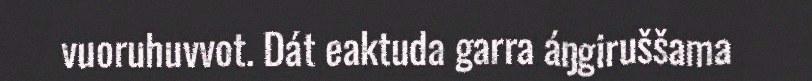
vuoruhuvvot. Dát eaktuda garra áŋgiruššama